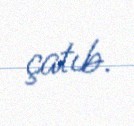
çatıb.